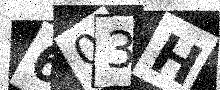
Text: 603H